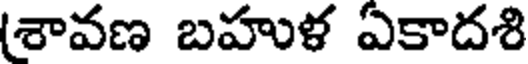
(శావణ బహుళ ఏకాదశి